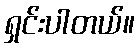
ရှင်းပါတယ်။